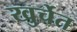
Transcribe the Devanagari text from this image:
खुर्चेत